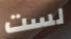
لست